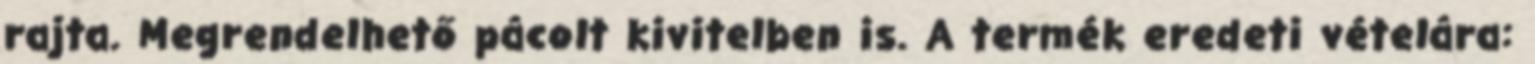
rajta. Megrendelhető pácolt kivitelben is. A termék eredeti vételára: